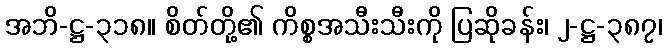
အဘိ-ဋ္ဌ-၃၁၈။ စိတ်တို့၏ ကိစ္စအသီးသီးကို ပြဆိုခန်း၊ ၂-ဋ္ဌ-၃၈၇၊